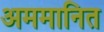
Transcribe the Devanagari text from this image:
अममानित